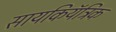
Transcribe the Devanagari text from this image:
सायकियॅट्रिक